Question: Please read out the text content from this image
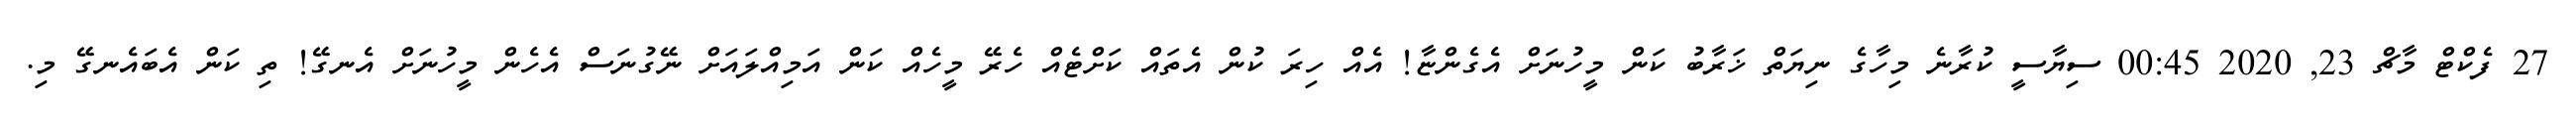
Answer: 27 ފެކްޓް މާޗް 23, 2020 00:45 ސިޔާސީ ކުރާނެ މިހާގެ ނިޔަތް ޚަރާބު ކަން މީހުނަށް އެގެންޏާ! އެއް ހިރަ ކުން އެތައް ކަށްޓެއް ހެރޭ މީހެއް ކަން އަމިއްލައަށް ނޭގުނަސް އެހެން މީހުނަށް އެނގޭ! ތި ކަން އެބައެނގޭ މި.